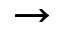
\xrightarrow { }